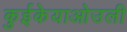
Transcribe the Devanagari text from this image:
कुईकेयाओउली